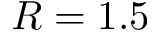
R = 1 . 5